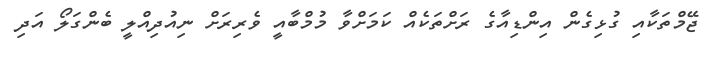
ޖޭމްތަކާއި ގުޅިގެން އިންޑިއާގެ ރަށްތަކެއް ކަމަށްވާ މުމްބާއީ ވެރިރަށް ނިއުދިއްލީ ބެންގަލޯ އަދި